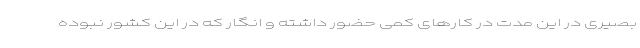
بصیری در این مدت در کارهای کمی حضور داشته و انگار که در این کشور نبوده